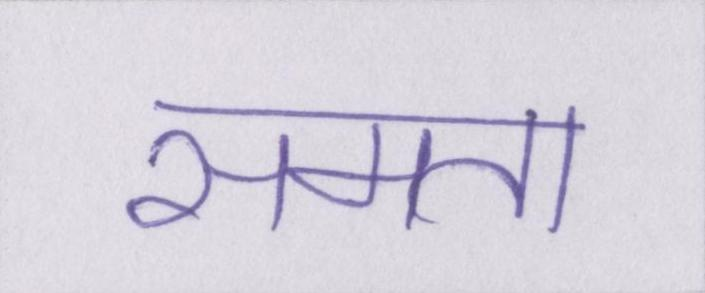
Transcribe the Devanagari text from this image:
समता